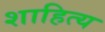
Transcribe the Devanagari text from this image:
शाहित्य